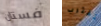
فستان تقترب